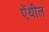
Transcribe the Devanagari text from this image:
ऐंथील